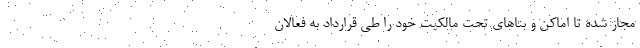
مجاز شده تا اماکن و بنا‌های تحت مالکیت خود را طی قرارداد به فعالان